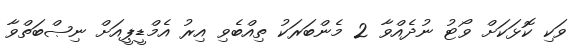
ވަކި ކޮޅަކަށް ވޯޓު ނުދެއްވާ 2 މެންބަރަކު ތިއްބެވި އިރު އެމްޑީޕީއަށް ނިޞްބަތްވާ